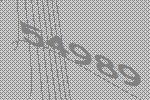
54989